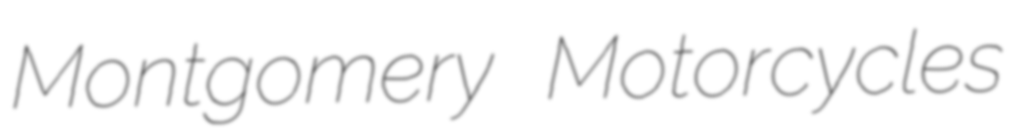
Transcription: Montgomery Motorcycles